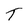
Character: T